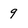
Character: 9